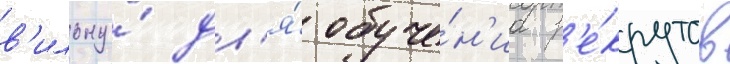
в'ильну́ дл'я́ обуче́н'иа р'е́крутов